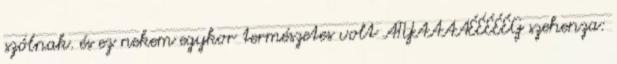
szólnak. és ez nekem egykor természetes volt ATYAAAAÉÉÉÉÉG szehenza: